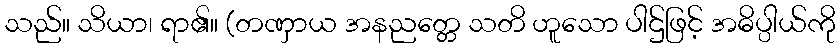
သည်။ သိယာ၊ ရာ၏။ (တဏှာယ အနညတ္တေ သတိ ဟူသော ပါဌ်ဖြင့် အဓိပ္ပါယ်ကို